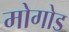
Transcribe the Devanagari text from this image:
मोगोड